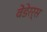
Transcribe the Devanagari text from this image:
वेंडेरर्स